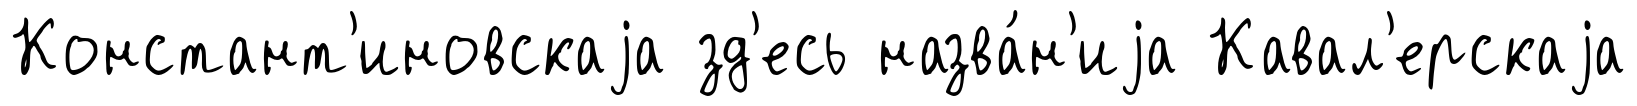
Констант'иновскаjа зд'есь назва́н'иjа Кавал'ерскаjа